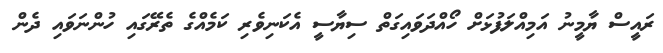
ރައީސް ޔާމީނު އަމިއްލަފުޅަށް ހޯއްދަވައިގަތް ސިޔާސީ އެކަނިވެރި ކަމެއްގެ ތެރޭގައި ހުންނަވައި ދެން